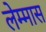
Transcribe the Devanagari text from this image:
लेम्मास